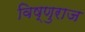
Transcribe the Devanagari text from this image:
विष्णुराज